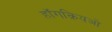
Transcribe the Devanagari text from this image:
हॉंगक़ियओ